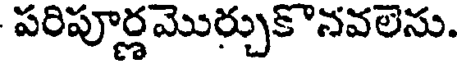
పరిపూర్ణమొర్చుకొనవలెను.